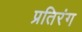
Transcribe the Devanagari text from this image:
प्रतिरंग